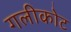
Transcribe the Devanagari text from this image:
गलीकोट